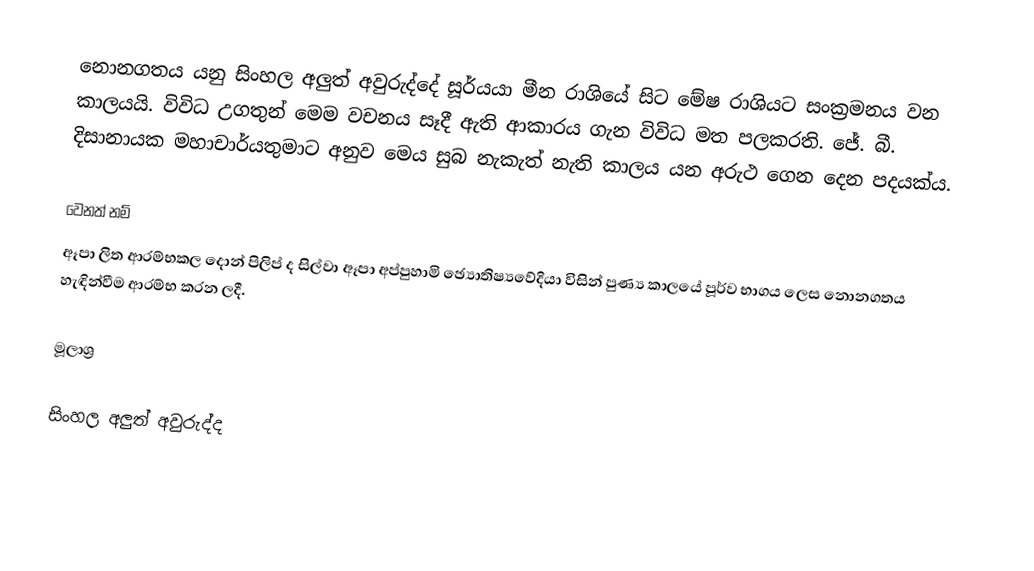
නොනගතය යනු සිංහල අලුත් අවුරුද්දේ සූර්යයා මීන රාශියේ සිට මේෂ රාශියට සංක්‍රමනය වන කාලයයි. විවිධ උගතුන් මෙම වචනය සෑදී ඇති ආකාරය ගැන විවිධ මත පලකරති. ජේ. බී. දිසානායක මහාචාර්යතුමාට අනුව මෙය සුබ නැකැත් නැති කාලය යන අරුථ ගෙන දෙන පදයක්ය.

වෙනත් නම්
ඈපා ලිත ආරම්භකල දොන් පිලිප් ද සිල්වා ඈපා අප්පුහාමි ඡ්‍යොතිෂ්‍යවේදියා විසින් පුණ්‍ය කාලයේ පූර්ව භාගය ලෙස නොනගතය හැඳින්වීම ආරම්භ කරන ලදී.

මූලාශ්‍ර

සිංහල අලුත් අවුරුද්ද